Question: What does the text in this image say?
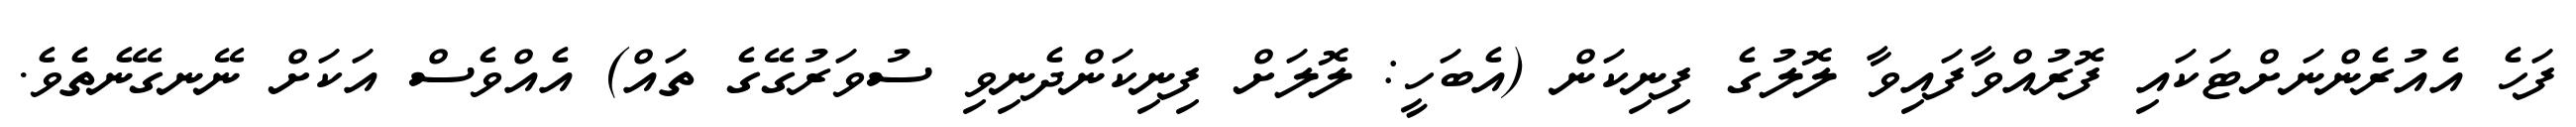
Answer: ފަހެ އެއުރެންނަށްޓަކައި ފޮރުއްވާފައިވާ ލޮލުގެ ފިނިކަން (އެބަހީ: ލޮލަށް ފިނިކަންދެނިވި ސުވަރުގޭގެ ތައް) އެއްވެސް އަކަށް ނޭނގޭނެތެވެ.